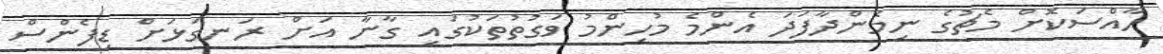
ހާއްސަކޮށް މެޗުގެ ނިމެންދާފަދަ އެންމެ މުހިންމު ވަގުތުތަކުގައި ގާނާ އަށް ރަނގަޅަށް ޑިފެންސް